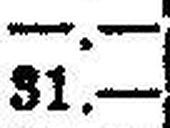
31.—